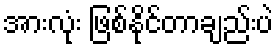
အားလုံး ဖြစ်နိုင်တာချည်းပဲ